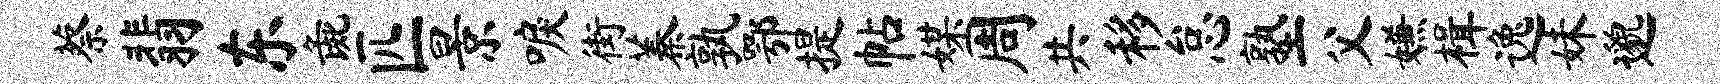
蔡翡东彘匹景唳街蓁孰鄂提帖媒周共移怠塾父嫌楫逸妹邈